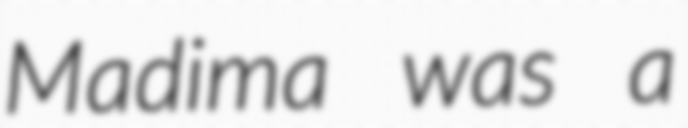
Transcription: Madima was a